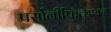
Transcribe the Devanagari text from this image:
पर्सोनीफिकेशन